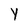
Character: y